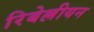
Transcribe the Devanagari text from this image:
रिबेल्लीयन